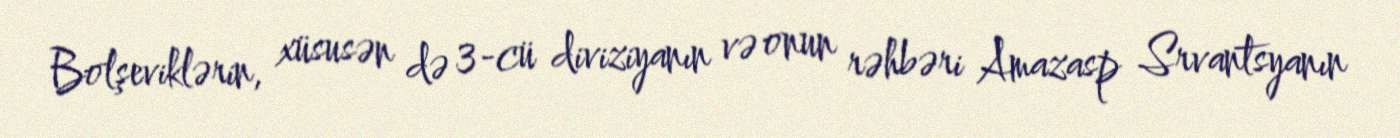
Bolşeviklərin, xüsusən də 3-cü diviziyanın və onun rəhbəri Amazasp Srvantsyanın